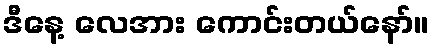
ဒီနေ့ လေအား ကောင်းတယ်နော်။